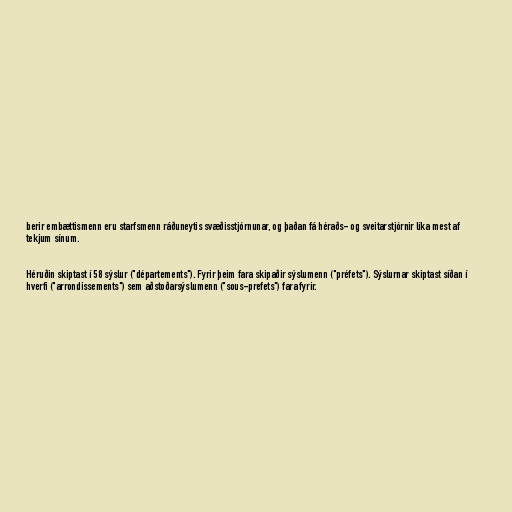
berir embættismenn eru starfsmenn ráðuneytis svæðisstjórnunar, og þaðan fá héraðs- og sveitarstjórnir líka mest af
tekjum sínum.

Héruðin skiptast í 58 sýslur ("départements"). Fyrir þeim fara skipaðir sýslumenn ("préfets"). Sýslurnar skiptast síðan í
hverfi ("arrondissements") sem aðstoðarsýslumenn ("sous-prefets") fara fyrir.